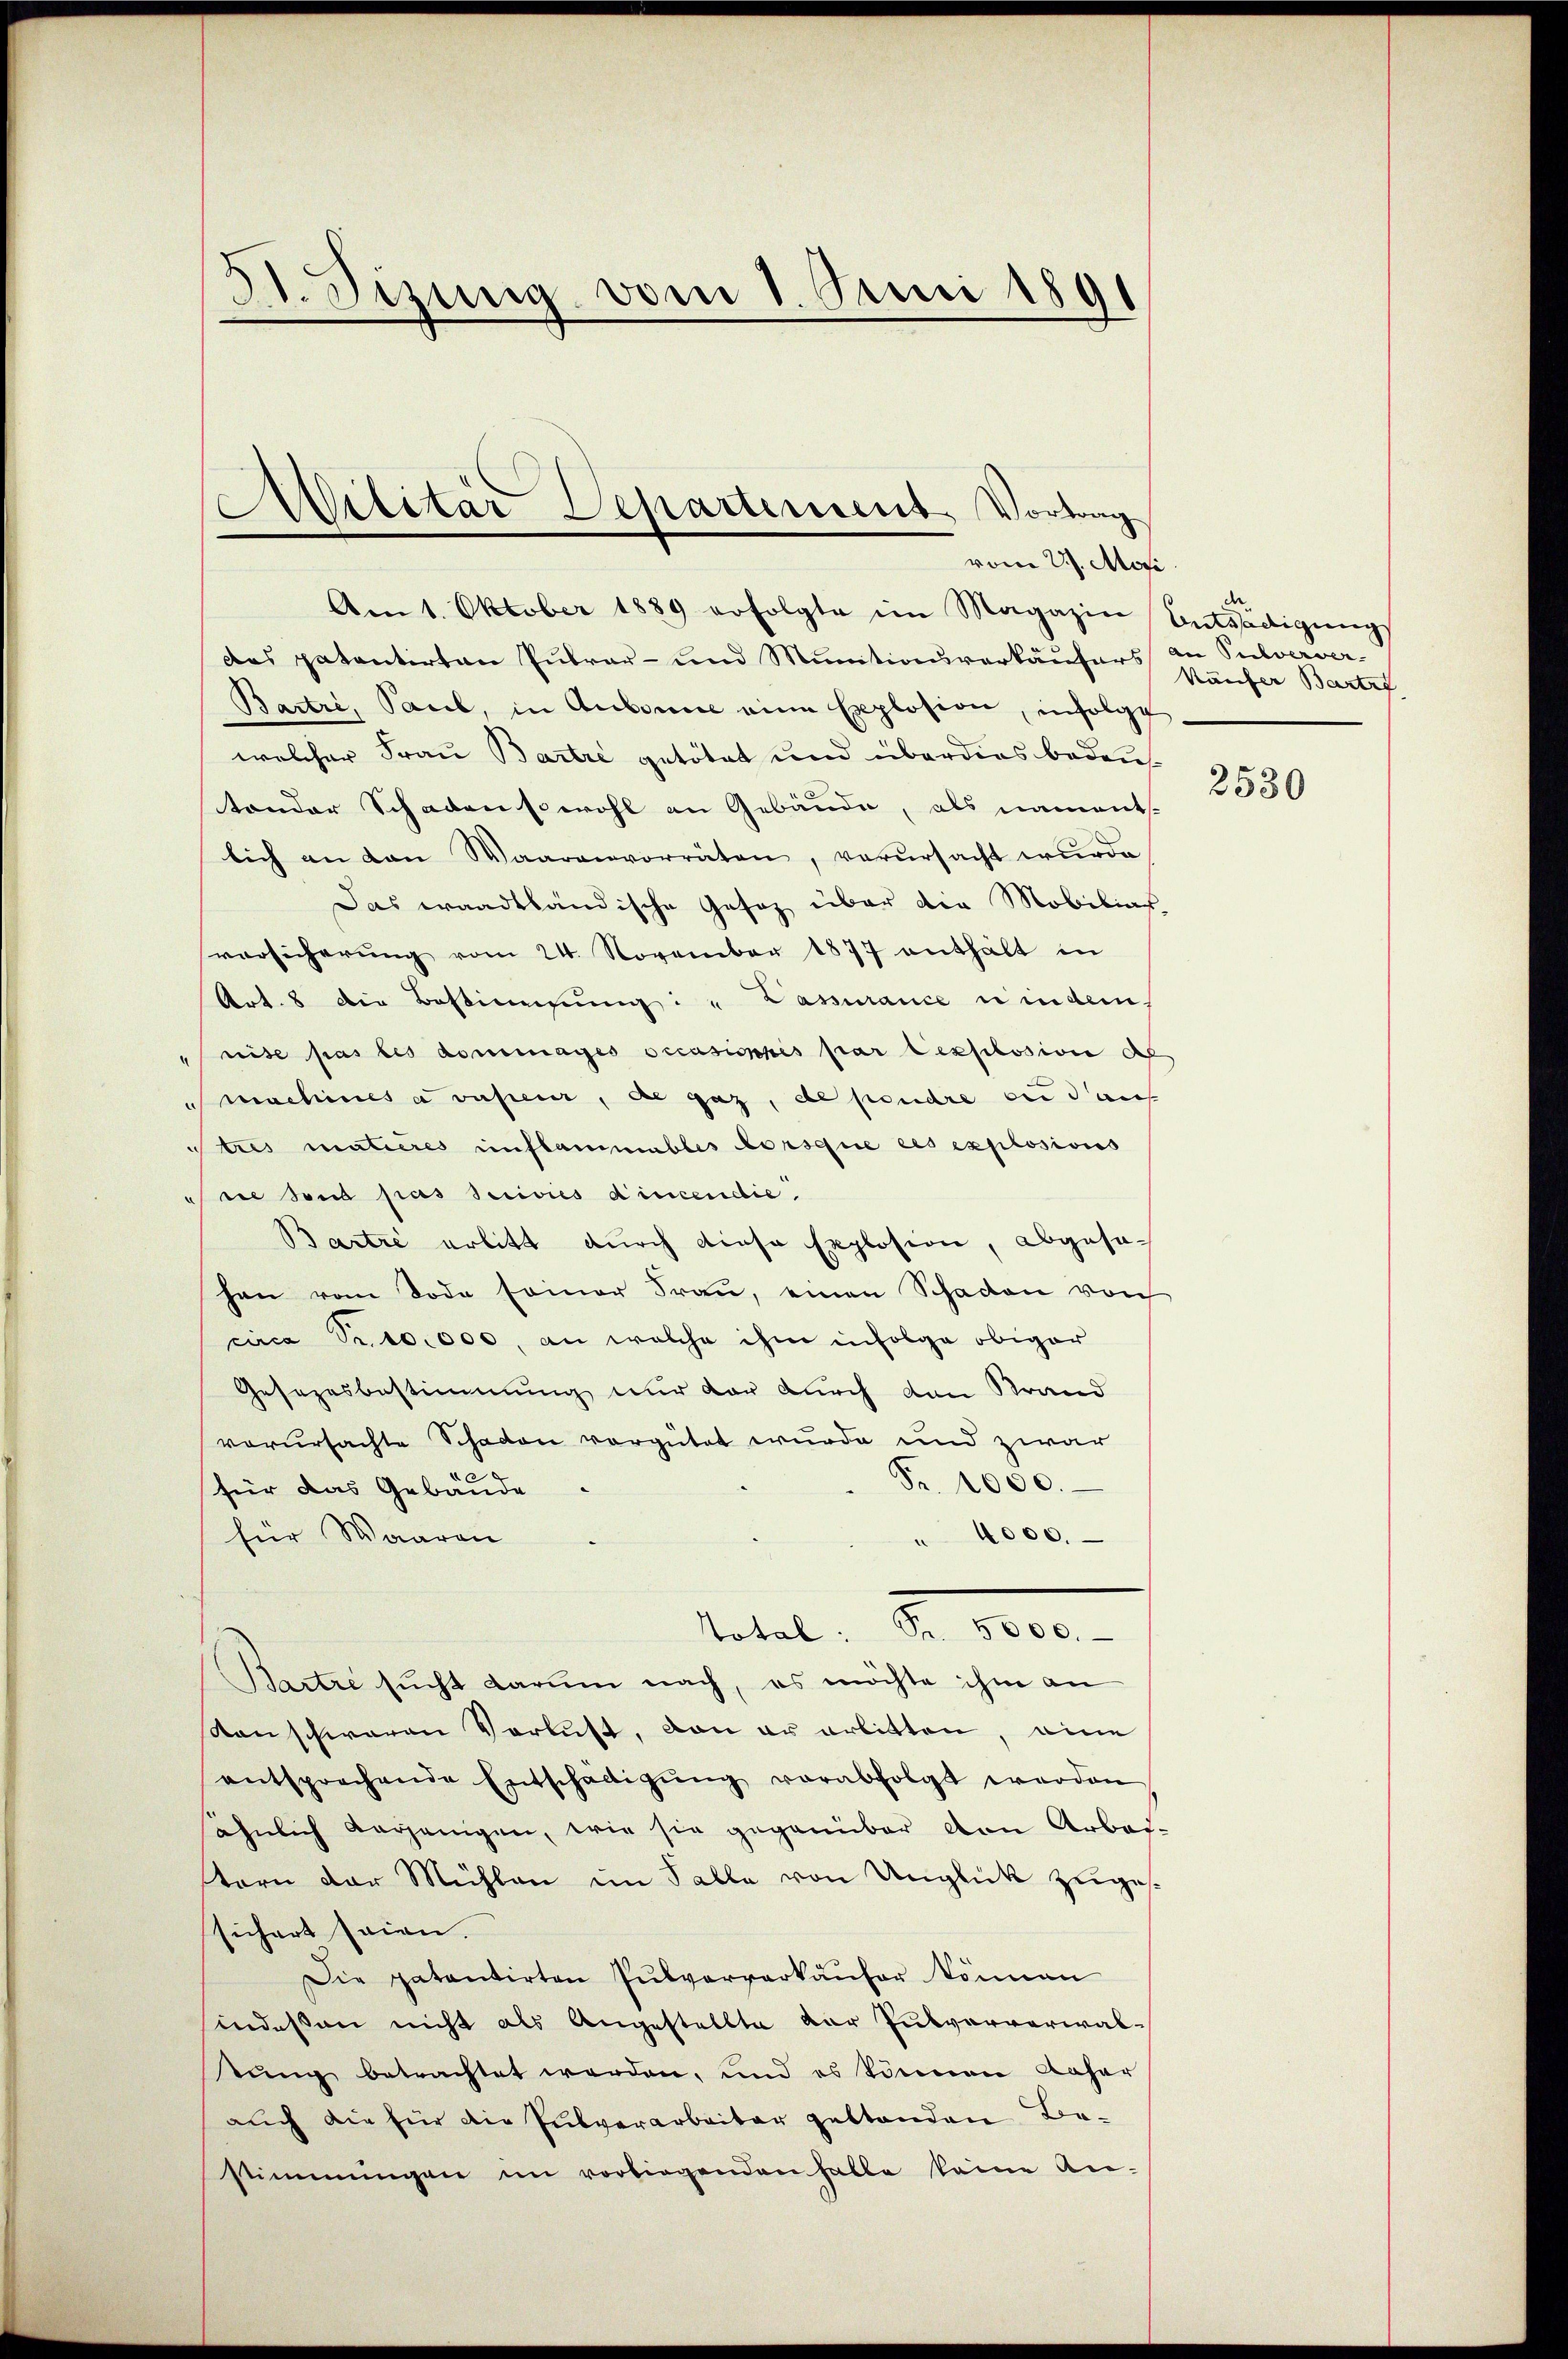
21. Sizung vom 1. Juni 1891

das patentirten Pubrar- und Munitionsverkäufers an Pulverver-
Bartri, Paul, in Aubonne eine Explosion, infolgt
welcher Frau Bartre getötet und überdies bedeutonder Schaden sowohl an Gebäude, als naments.
lich an den Waarenvorräten, verursacht wurde
Das eraadtländische Gesetz über die Mobilias
vorsicherŭng vom 24. November 1877 enthält in
Art. 8 die Bestimmung: " Passurance u in dem
rite pas les dommages occasiophis par lexplosion des
machines a valeur, die gaz, de pendre ou durch
Stres matières unflammables lorsque ces explosions
ne sind pas serisies aincendie
Bartie erbitt durch diese Explosion, abgesahen vom Tode seiner Fraŭ, einen Schaden von
circa Fr. 10,000, an welche ihm infolge obiger
Gesezesbestimmung nur der durch den Brand
verursachte Schaden vergütet wurde und zwar
Fr. 1000.
für das Gebäude
für Waaren
" 4000.
tabel. No. 1800.
Bartre sucht darum nach, es möchte ihm an
Kanschwaren Verlust, von er erbitten, eine
entsprechende Entschädigŭng verabfolgt werden
ähnlich vorjenigen, wie sie gegenüber von Arbeitern der Mühlen im Falle von Unglück zugessichert seien.
Die patentirten Pulververkäufer können
sindessen nicht als Angestellte der Pulververwaltŭng betrachtet werden, und es können daher
auch die für die Pulverarbeiter gestanden Be-
stimmungen im vorliegenden halbe keine An-

Militär Departement, Vortrag
vom 27. Mosi
Am 1. Oktober 1889 erfolgte im Magazin Entsädigŭng

d
käufer Bartrf

2530